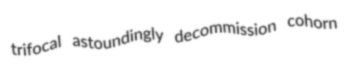
trifocal astoundingly decommission cohorn